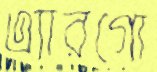
এ্যারগো